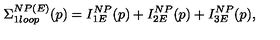
\Sigma _ { 1 l o o p } ^ { N P ( E ) } ( p ) = I _ { 1 E } ^ { N P } ( p ) + I _ { 2 E } ^ { N P } ( p ) + I _ { 3 E } ^ { N P } ( p ) ,